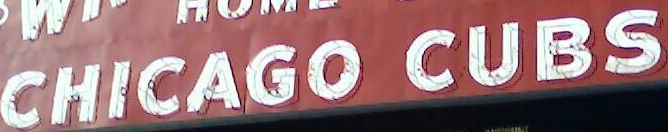
CHICAGO CUBS